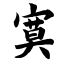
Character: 寞